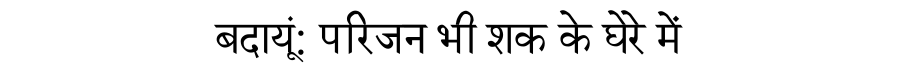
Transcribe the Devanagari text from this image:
बदायूं: परिजन भी शक के घेरे में